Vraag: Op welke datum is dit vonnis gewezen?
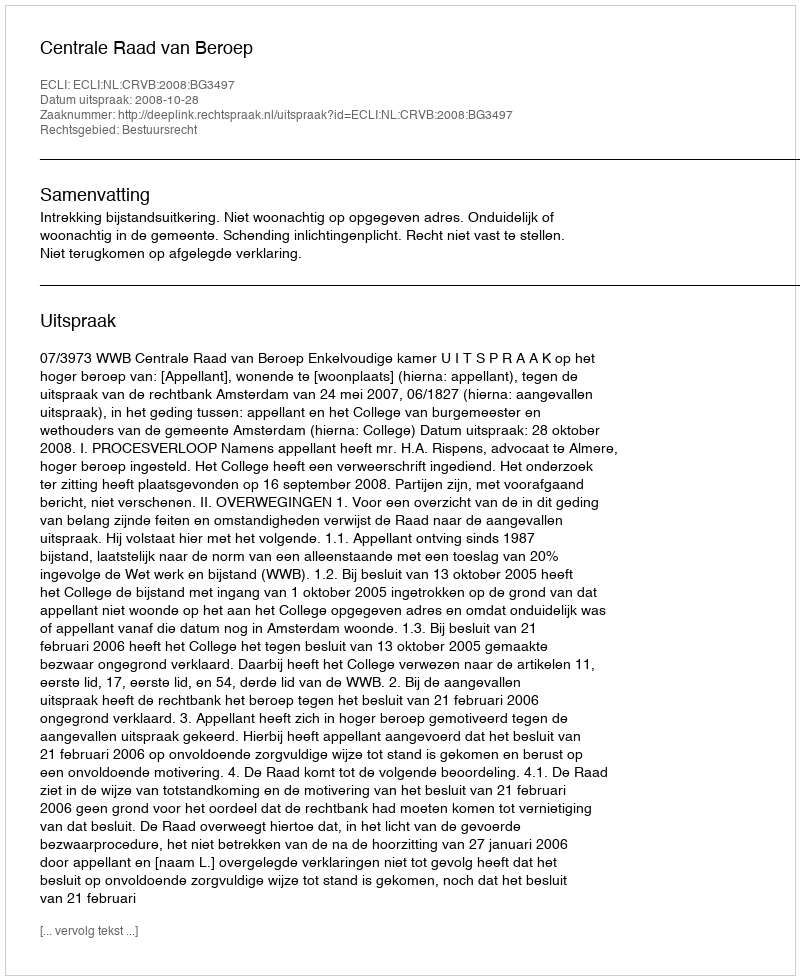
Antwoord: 2008-10-28